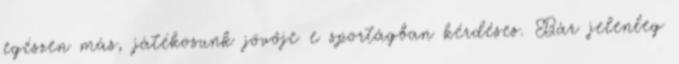
egészen más, játékosunk jövője e sportágban kérdéses. Bár jelenleg